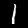
Digit: 1